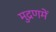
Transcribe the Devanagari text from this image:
मुद्रणमें